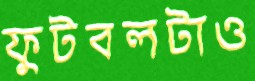
ফুটবলটাও